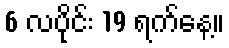
6 လပိုင်း 19 ရက်နေ့။